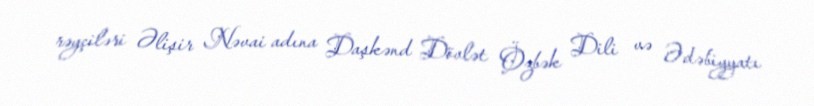
rəyçiləri Əlişir Nəvai adına Daşkənd Dövlət Özbək Dili və Ədəbiyyatı